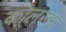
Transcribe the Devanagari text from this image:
कोलरून